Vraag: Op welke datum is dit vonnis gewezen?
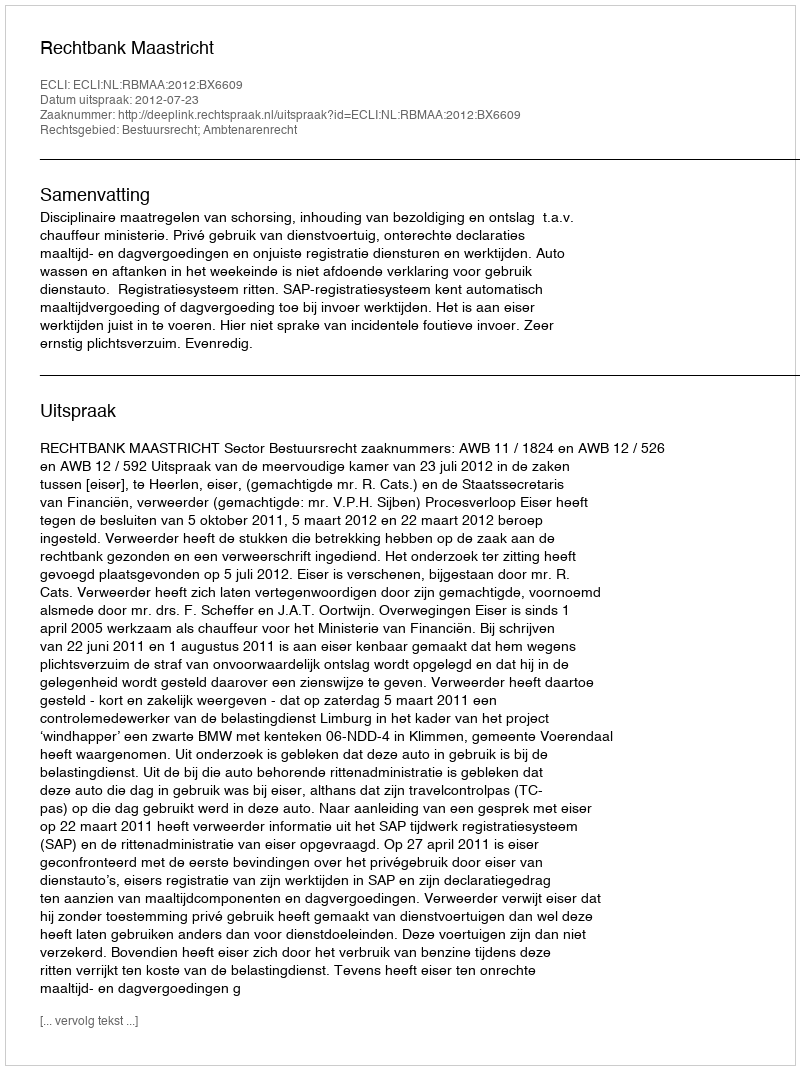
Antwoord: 2012-07-23